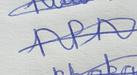
Signature authenticity: genuine